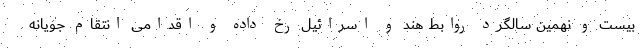
بیست و نهمین سالگرد روابط هند و اسرائیل رخ داده و اقدامی انتقام جویانه